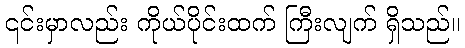
၎င်းမှာလည်း ကိုယ်ပိုင်းထက် ကြီးလျက် ရှိသည်။